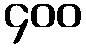
၄၀၀